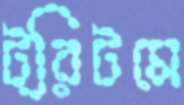
ট্রিটমে